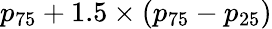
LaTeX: p_{75}+1.5\times(p_{75}-p_{25})